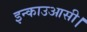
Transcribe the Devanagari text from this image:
इन्काउआसी।